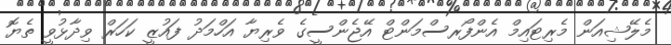
މެލޭޝިއަން މެރިޓައިމް އެންފޯރސްމަންޓް އޭޖެންސީގެ ވެރިޔާ އަހްމަދު ފައުޒީ ކަހަރް ވިދާޅުވީ ތެޔޮ